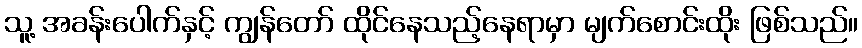
သူ့ အခန်းပေါက်နှင့် ကျွန်တော် ထိုင်နေသည့်နေရာမှာ မျက်စောင်းထိုး ဖြစ်သည်။